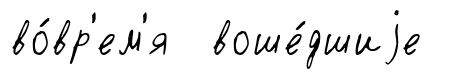
во́вр'ем'я воше́дшиjе